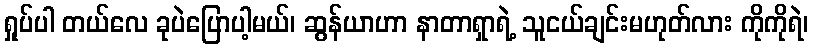
ရှုပ်ပါ တယ်လေ ခုပဲပြောပါ့မယ်၊ ဆွန်ယာဟာ နာတာရှာရဲ့ သူငယ်ချင်းမဟုတ်လား ကိုကိုရဲ၊